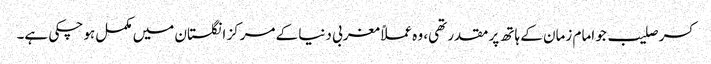
کسر صلیب جو امام زمان کے ہاتھ پر مقدر تھی، وہ عملاً مغربی دنیا کے مرکز انگلستان میں مکمل ہو چکی ہے۔